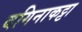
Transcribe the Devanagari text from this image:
बगिनाकट्टा